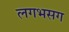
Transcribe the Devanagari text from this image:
लगभसग